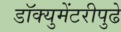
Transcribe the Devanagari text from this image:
डॉक्युमेंटरीपुढे